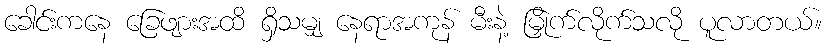
ခေါင်းကနေ ခြေဖျားအထိ ရှိသမျှ နေရာအကုန် မီးနဲ့ မြှိုက်လိုက်သလို ပူလာတယ်။